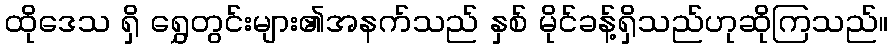
ထိုဒေသ ရှိ ရွှေတွင်းများ၏အနက်သည် နှစ် မိုင်ခန့်ရှိသည်ဟုဆိုကြသည်။